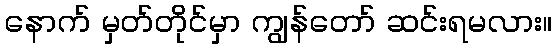
နောက် မှတ်တိုင်မှာ ကျွန်တော် ဆင်းရမလား။